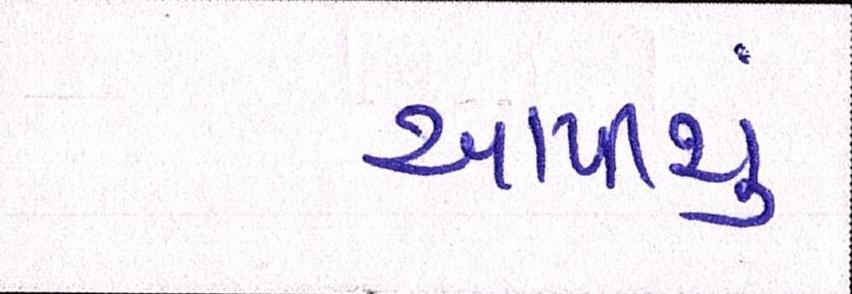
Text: આપીશું